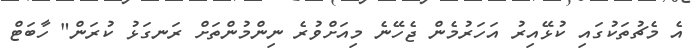
އެ މެޗުތަކުގައި ކުޅޭއިރު އަހަރުމެން ޖެހޭނެ މިއަށްވުރެ ނިންމުންތަށް ރަނގަޅު ކުރަން" ހާބަޓް